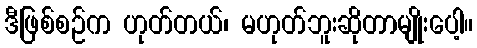
ဒီဖြစ်စဉ်က ဟုတ်တယ်၊ မဟုတ်ဘူးဆိုတာမျိုးပေါ့။